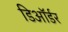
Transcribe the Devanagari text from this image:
डिऑर्डर